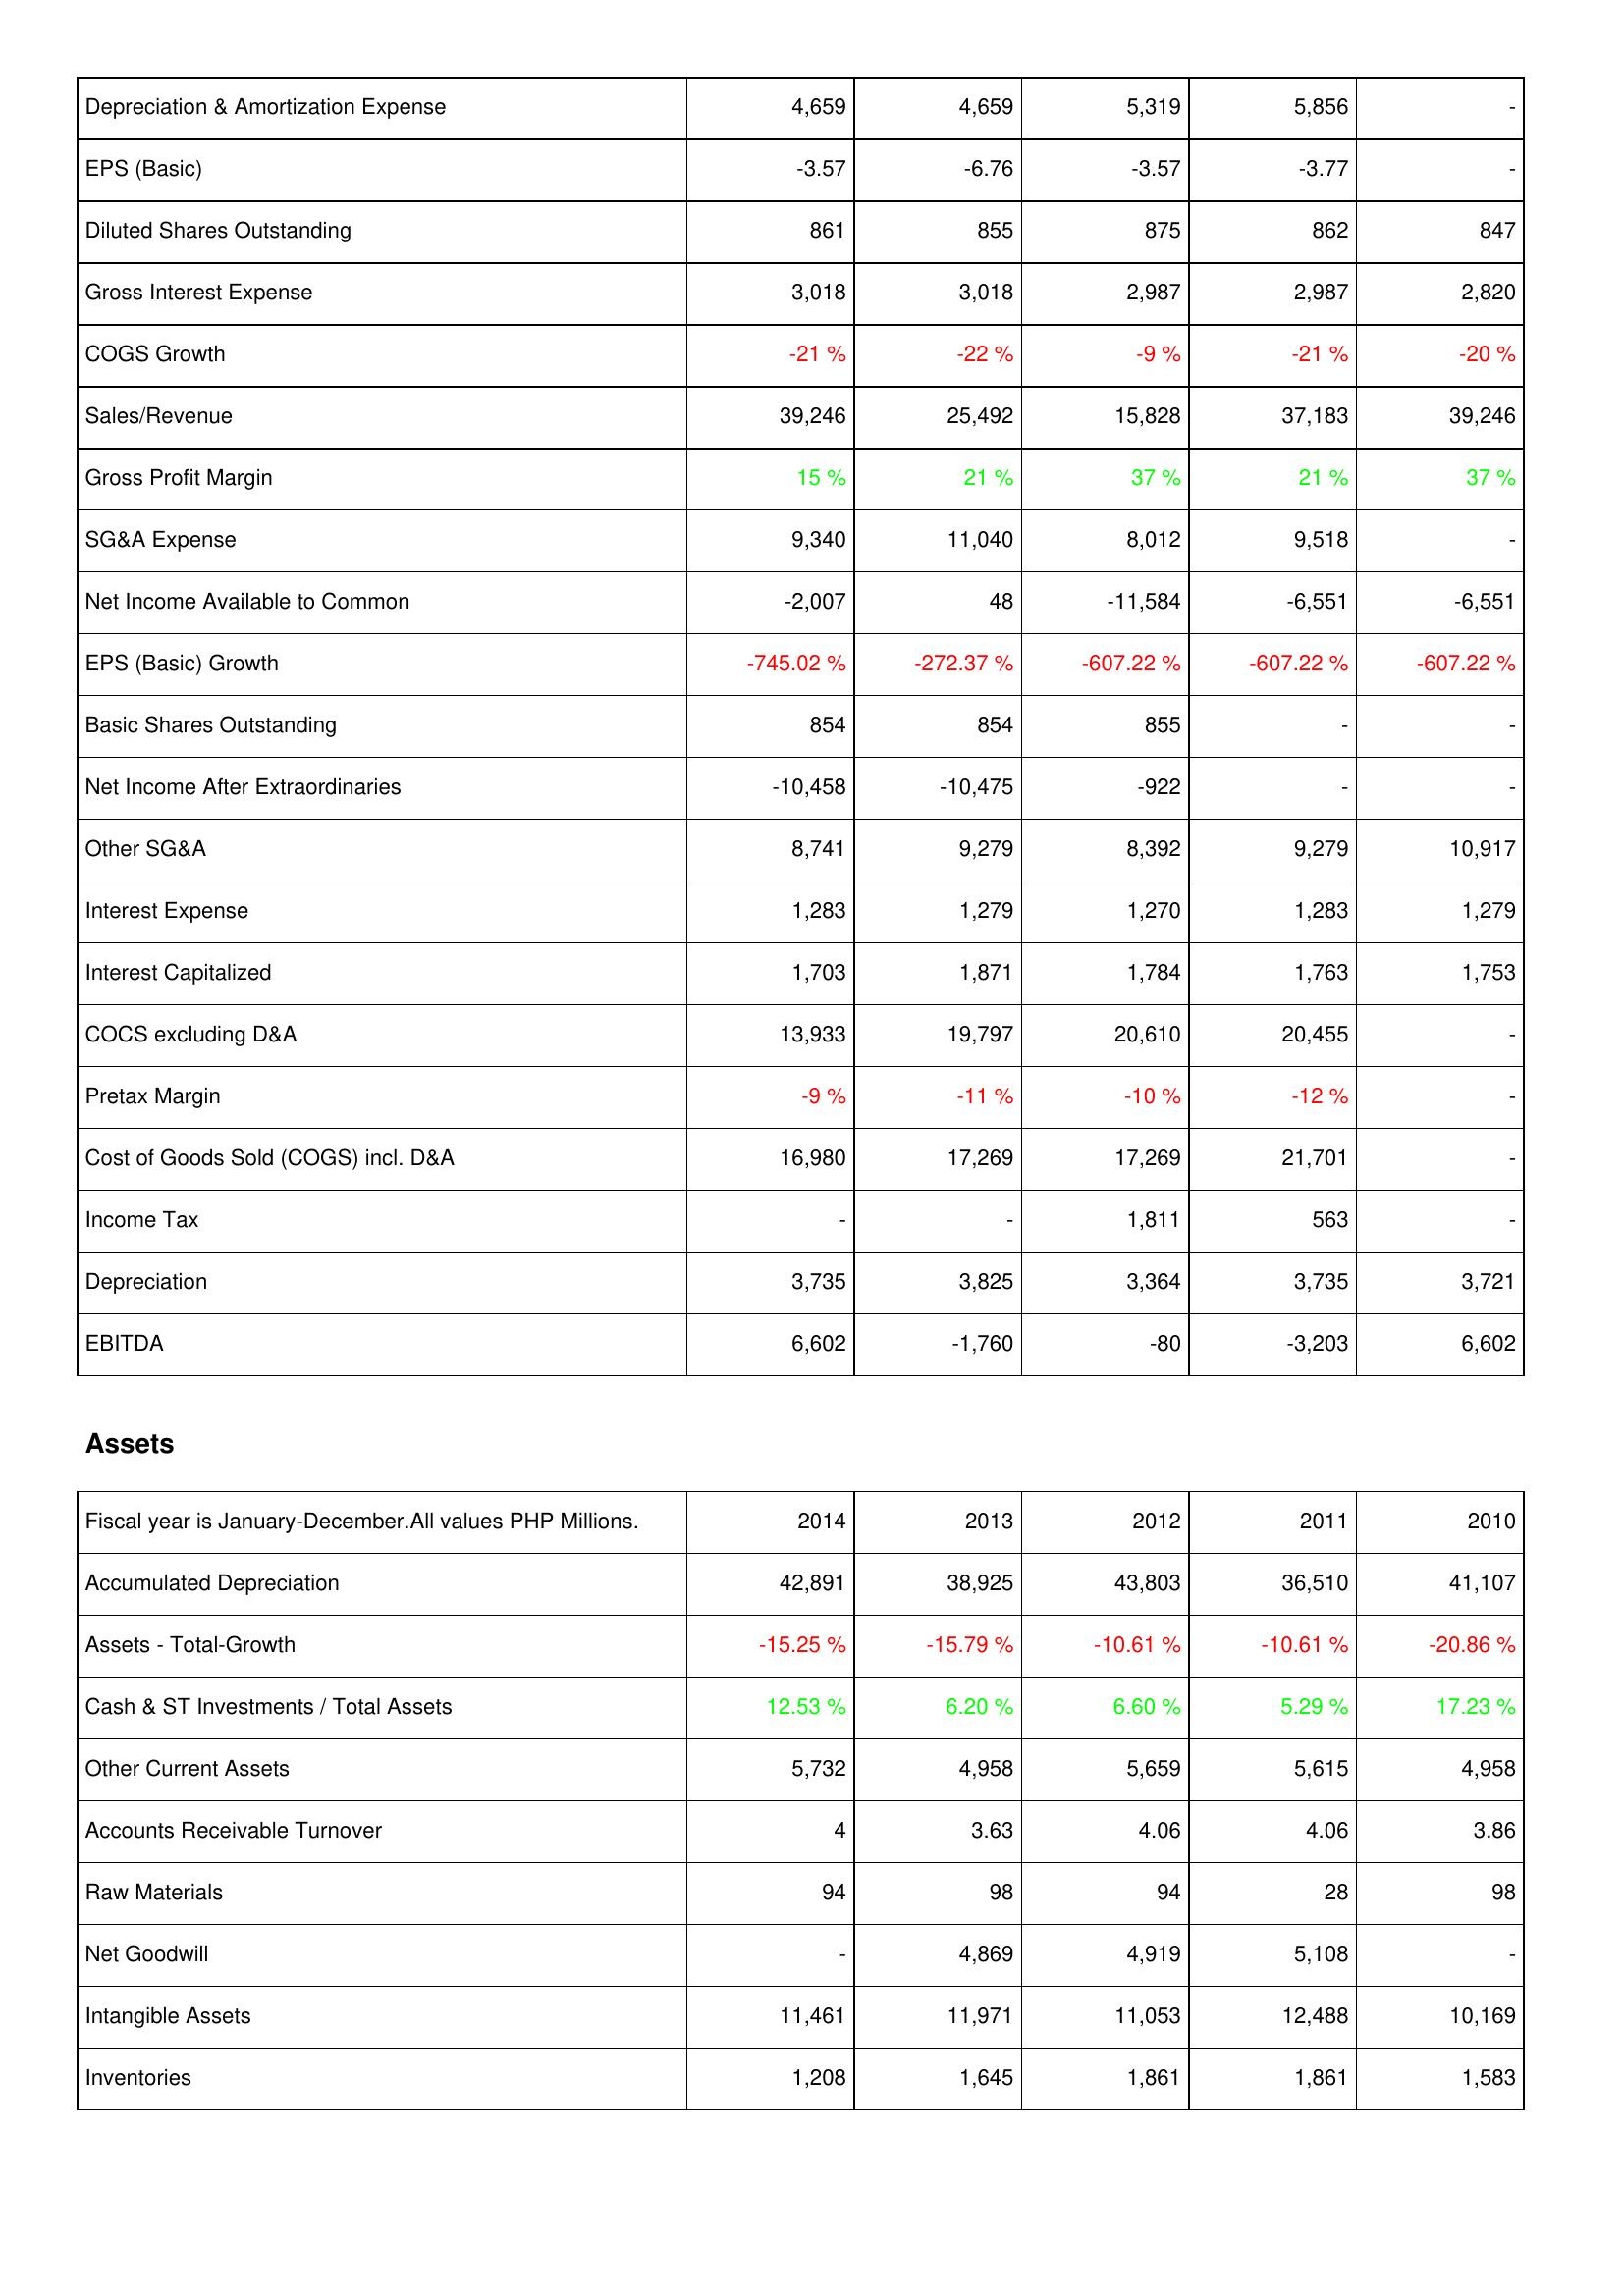
2014: Income Statement: Depreciation & Amortization Expense: 4,659
EPS (Basic): -3.57
Diluted Shares Outstanding: 861
Gross Interest Expense: 3,018
COGS Growth: -21 %
Sales/Revenue: 39,246
Gross Profit Margin: 15 %
SG&A Expense: 9,340
Net Income Available to Common: -2,007
EPS (Basic) Growth: -745.02 %
Basic Shares Outstanding: 854
Net Income After Extraordinaries: -10,458
Other SG&A: 8,741
Interest Expense: 1,283
Interest Capitalized: 1,703
COCS excluding D&A: 13,933
Pretax Margin: -9 %
Cost of Goods Sold (COGS) incl. D&A: 16,980
Income Tax: -
Depreciation: 3,735
EBITDA: 6,602
Assets: Accumulated Depreciation: 42,891
Assets - Total-Growth: -15.25 %
Cash & ST Investments / Total Assets: 12.53 %
Other Current Assets: 5,732
Accounts Receivable Turnover: 4
Raw Materials: 94
Net Goodwill: -
Intangible Assets: 11,461
Inventories: 1,208
2013: Income Statement: Depreciation & Amortization Expense: 4,659
EPS (Basic): -6.76
Diluted Shares Outstanding: 855
Gross Interest Expense: 3,018
COGS Growth: -22 %
Sales/Revenue: 25,492
Gross Profit Margin: 21 %
SG&A Expense: 11,040
Net Income Available to Common: 48
EPS (Basic) Growth: -272.37 %
Basic Shares Outstanding: 854
Net Income After Extraordinaries: -10,475
Other SG&A: 9,279
Interest Expense: 1,279
Interest Capitalized: 1,871
COCS excluding D&A: 19,797
Pretax Margin: -11 %
Cost of Goods Sold (COGS) incl. D&A: 17,269
Income Tax: -
Depreciation: 3,825
EBITDA: -1,760
Assets: Accumulated Depreciation: 38,925
Assets - Total-Growth: -15.79 %
Cash & ST Investments / Total Assets: 6.20 %
Other Current Assets: 4,958
Accounts Receivable Turnover: 3.63
Raw Materials: 98
Net Goodwill: 4,869
Intangible Assets: 11,971
Inventories: 1,645
2012: Income Statement: Depreciation & Amortization Expense: 5,319
EPS (Basic): -3.57
Diluted Shares Outstanding: 875
Gross Interest Expense: 2,987
COGS Growth: -9 %
Sales/Revenue: 15,828
Gross Profit Margin: 37 %
SG&A Expense: 8,012
Net Income Available to Common: -11,584
EPS (Basic) Growth: -607.22 %
Basic Shares Outstanding: 855
Net Income After Extraordinaries: -922
Other SG&A: 8,392
Interest Expense: 1,270
Interest Capitalized: 1,784
COCS excluding D&A: 20,610
Pretax Margin: -10 %
Cost of Goods Sold (COGS) incl. D&A: 17,269
Income Tax: 1,811
Depreciation: 3,364
EBITDA: -80
Assets: Accumulated Depreciation: 43,803
Assets - Total-Growth: -10.61 %
Cash & ST Investments / Total Assets: 6.60 %
Other Current Assets: 5,659
Accounts Receivable Turnover: 4.06
Raw Materials: 94
Net Goodwill: 4,919
Intangible Assets: 11,053
Inventories: 1,861
2011: Income Statement: Depreciation & Amortization Expense: 5,856
EPS (Basic): -3.77
Diluted Shares Outstanding: 862
Gross Interest Expense: 2,987
COGS Growth: -21 %
Sales/Revenue: 37,183
Gross Profit Margin: 21 %
SG&A Expense: 9,518
Net Income Available to Common: -6,551
EPS (Basic) Growth: -607.22 %
Basic Shares Outstanding: -
Net Income After Extraordinaries: -
Other SG&A: 9,279
Interest Expense: 1,283
Interest Capitalized: 1,763
COCS excluding D&A: 20,455
Pretax Margin: -12 %
Cost of Goods Sold (COGS) incl. D&A: 21,701
Income Tax: 563
Depreciation: 3,735
EBITDA: -3,203
Assets: Accumulated Depreciation: 36,510
Assets - Total-Growth: -10.61 %
Cash & ST Investments / Total Assets: 5.29 %
Other Current Assets: 5,615
Accounts Receivable Turnover: 4.06
Raw Materials: 28
Net Goodwill: 5,108
Intangible Assets: 12,488
Inventories: 1,861
2010: Income Statement: Depreciation & Amortization Expense: -
EPS (Basic): -
Diluted Shares Outstanding: 847
Gross Interest Expense: 2,820
COGS Growth: -20 %
Sales/Revenue: 39,246
Gross Profit Margin: 37 %
SG&A Expense: -
Net Income Available to Common: -6,551
EPS (Basic) Growth: -607.22 %
Basic Shares Outstanding: -
Net Income After Extraordinaries: -
Other SG&A: 10,917
Interest Expense: 1,279
Interest Capitalized: 1,753
COCS excluding D&A: -
Pretax Margin: -
Cost of Goods Sold (COGS) incl. D&A: -
Income Tax: -
Depreciation: 3,721
EBITDA: 6,602
Assets: Accumulated Depreciation: 41,107
Assets - Total-Growth: -20.86 %
Cash & ST Investments / Total Assets: 17.23 %
Other Current Assets: 4,958
Accounts Receivable Turnover: 3.86
Raw Materials: 98
Net Goodwill: -
Intangible Assets: 10,169
Inventories: 1,583